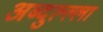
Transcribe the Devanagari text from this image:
अब्दुल्ल्ला